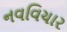
નવવિચાર